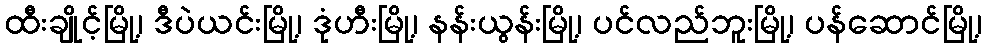
ထီးချိုင့်မြို့၊ ဒီပဲယင်းမြို့၊ ဒုံဟီးမြို့၊ နန်းယွန်းမြို့၊ ပင်လည်ဘူးမြို့၊ ပန်ဆောင်မြို့၊